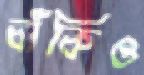
বাঁকিও